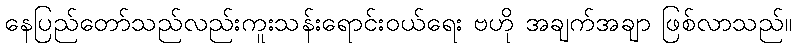
နေပြည်တော်သည်လည်းကူးသန်းရောင်းဝယ်ရေး ဗဟို အချက်အချာ ဖြစ်လာသည်။